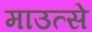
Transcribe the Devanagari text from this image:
माउत्से